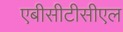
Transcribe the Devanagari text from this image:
एबीसीटीसीएल